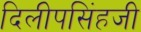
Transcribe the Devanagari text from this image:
दिलीपसिंहजी